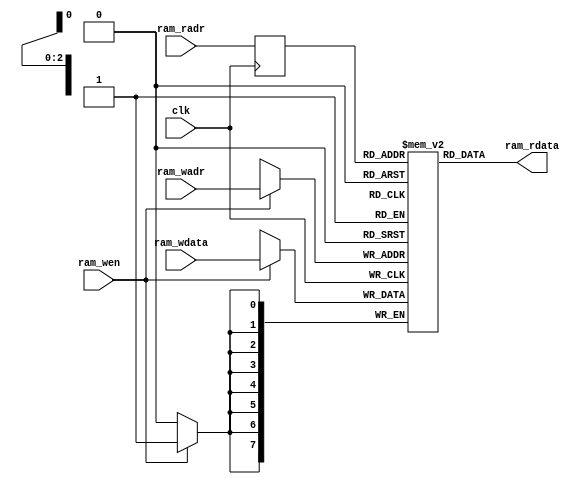
/*
 * My RISC-V RV32I CPU
 *   RAM Module for UART Monitor
 *    Verilog code
 * @auther		Yoshiki Kurokawa <yoshiki.k963@gmail.com>
 * @copylight	2021 Yoshiki Kurokawa
 * @license		https://opensource.org/licenses/MIT     MIT license
 * @version		0.1
 */

module uart_1r1w(
	input clk,
	input [2:0] ram_radr,
	output [7:0] ram_rdata,
	input [2:0] ram_wadr,
	input [7:0] ram_wdata,
	input ram_wen
	);

// 8x8 1r1w RAM

reg[7:0] ram[0:7];
reg[2:0] radr;

always @ (posedge clk) begin
	if (ram_wen)
		ram[ram_wadr] <= ram_wdata;
	radr <= ram_radr;
end

assign ram_rdata = ram[radr];

endmodule